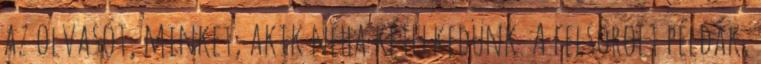
az olvasót, minket, akik néha kételkedünk. A felsorolt példák,